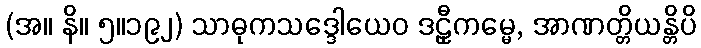
(အ။ နိ။ ၅။၁၉၂) သာဓုကသဒ္ဒေါယေဝ ဒဠှီကမ္မေ, အာဏတ္တိယန္တိပိ